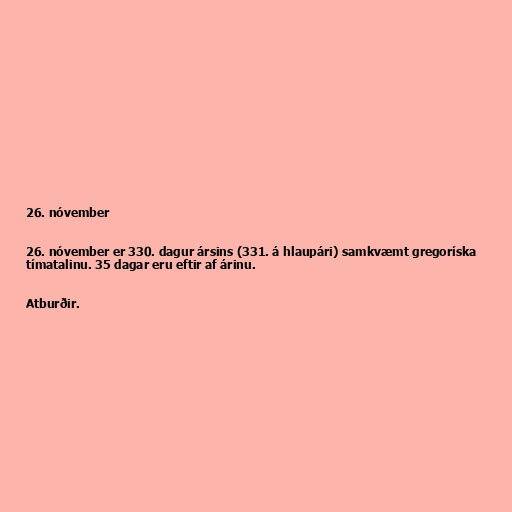
26. nóvember

26. nóvember er 330. dagur ársins (331. á hlaupári) samkvæmt gregoríska
tímatalinu. 35 dagar eru eftir af árinu.

Atburðir.